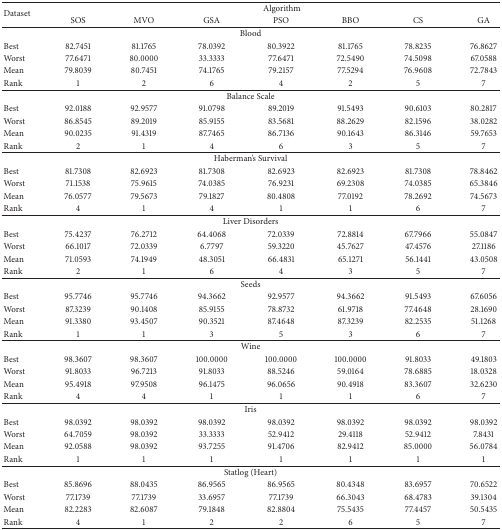
<table><thead><tr><td rowspan="2"><b>Dataset</b></td><td colspan="7"><b>Algorithm</b></td></tr><tr><td><b>SOS</b></td><td><b>MVO</b></td><td><b>GSA</b></td><td><b>PSO</b></td><td><b>BBO</b></td><td><b>CS</b></td><td><b>GA</b></td></tr></thead><tbody><tr><td colspan="8">Blood</td></tr><tr><td>Best</td><td>82.7451</td><td>81.1765</td><td>78.0392</td><td>80.3922</td><td>81.1765</td><td>78.8235</td><td>76.8627</td></tr><tr><td>Worst</td><td>77.6471</td><td>80.0000</td><td>33.3333</td><td>77.6471</td><td>72.5490</td><td>74.5098</td><td>67.0588</td></tr><tr><td>Mean</td><td>79.8039</td><td>80.7451</td><td>74.1765</td><td>79.2157</td><td>77.5294</td><td>76.9608</td><td>72.7843</td></tr><tr><td>Rank</td><td>1</td><td>2</td><td>6</td><td>4</td><td>2</td><td>5</td><td>7</td></tr><tr><td colspan="8">Balance Scale</td></tr><tr><td>Best</td><td>92.0188</td><td>92.9577</td><td>91.0798</td><td>89.2019</td><td>91.5493</td><td>90.6103</td><td>80.2817</td></tr><tr><td>Worst</td><td>86.8545</td><td>89.2019</td><td>85.9155</td><td>83.5681</td><td>88.2629</td><td>82.1596</td><td>38.0282</td></tr><tr><td>Mean</td><td>90.0235</td><td>91.4319</td><td>87.7465</td><td>86.7136</td><td>90.1643</td><td>86.3146</td><td>59.7653</td></tr><tr><td>Rank</td><td>2</td><td>1</td><td>4</td><td>6</td><td>3</td><td>5</td><td>7</td></tr><tr><td colspan="8">Haberman&#x27;s Survival</td></tr><tr><td>Best</td><td>81.7308</td><td>82.6923</td><td>81.7308</td><td>82.6923</td><td>82.6923</td><td>81.7308</td><td>78.8462</td></tr><tr><td>Worst</td><td>71.1538</td><td>75.9615</td><td>74.0385</td><td>76.9231</td><td>69.2308</td><td>74.0385</td><td>65.3846</td></tr><tr><td>Mean</td><td>76.0577</td><td>79.5673</td><td>79.1827</td><td>80.4808</td><td>77.0192</td><td>78.2692</td><td>74.5673</td></tr><tr><td>Rank</td><td>4</td><td>1</td><td>4</td><td>1</td><td>1</td><td>6</td><td>7</td></tr><tr><td colspan="8">Liver Disorders</td></tr><tr><td>Best</td><td>75.4237</td><td>76.2712</td><td>64.4068</td><td>72.0339</td><td>72.8814</td><td>67.7966</td><td>55.0847</td></tr><tr><td>Worst</td><td>66.1017</td><td>72.0339</td><td>6.7797</td><td>59.3220</td><td>45.7627</td><td>47.4576</td><td>27.1186</td></tr><tr><td>Mean</td><td>71.0593</td><td>74.1949</td><td>48.3051</td><td>66.4831</td><td>65.1271</td><td>56.1441</td><td>43.0508</td></tr><tr><td>Rank</td><td>2</td><td>1</td><td>6</td><td>4</td><td>3</td><td>5</td><td>7</td></tr><tr><td colspan="8">Seeds</td></tr><tr><td>Best</td><td>95.7746</td><td>95.7746</td><td>94.3662</td><td>92.9577</td><td>94.3662</td><td>91.5493</td><td>67.6056</td></tr><tr><td>Worst</td><td>87.3239</td><td>90.1408</td><td>85.9155</td><td>78.8732</td><td>61.9718</td><td>77.4648</td><td>28.1690</td></tr><tr><td>Mean</td><td>91.3380</td><td>93.4507</td><td>90.3521</td><td>87.4648</td><td>87.3239</td><td>82.2535</td><td>51.1268</td></tr><tr><td>Rank</td><td>1</td><td>1</td><td>3</td><td>5</td><td>3</td><td>6</td><td>7</td></tr><tr><td colspan="8">Wine</td></tr><tr><td>Best</td><td>98.3607</td><td>98.3607</td><td>100.0000</td><td>100.0000</td><td>100.0000</td><td>91.8033</td><td>49.1803</td></tr><tr><td>Worst</td><td>91.8033</td><td>96.7213</td><td>91.8033</td><td>88.5246</td><td>59.0164</td><td>78.6885</td><td>18.0328</td></tr><tr><td>Mean</td><td>95.4918</td><td>97.9508</td><td>96.1475</td><td>96.0656</td><td>90.4918</td><td>83.3607</td><td>32.6230</td></tr><tr><td>Rank</td><td>4</td><td>4</td><td>1</td><td>1</td><td>1</td><td>6</td><td>7</td></tr><tr><td colspan="8">Iris</td></tr><tr><td>Best</td><td>98.0392</td><td>98.0392</td><td>98.0392</td><td>98.0392</td><td>98.0392</td><td>98.0392</td><td>98.0392</td></tr><tr><td>Worst</td><td>64.7059</td><td>98.0392</td><td>33.3333</td><td>52.9412</td><td>29.4118</td><td>52.9412</td><td>7.8431</td></tr><tr><td>Mean</td><td>92.0588</td><td>98.0392</td><td>93.7255</td><td>91.4706</td><td>82.9412</td><td>85.0000</td><td>56.0784</td></tr><tr><td>Rank</td><td>1</td><td>1</td><td>1</td><td>1</td><td>1</td><td>1</td><td>1</td></tr><tr><td colspan="8">Statlog (Heart)</td></tr><tr><td>Best</td><td>85.8696</td><td>88.0435</td><td>86.9565</td><td>86.9565</td><td>80.4348</td><td>83.6957</td><td>70.6522</td></tr><tr><td>Worst</td><td>77.1739</td><td>77.1739</td><td>33.6957</td><td>77.1739</td><td>66.3043</td><td>68.4783</td><td>39.1304</td></tr><tr><td>Mean</td><td>82.2283</td><td>82.6087</td><td>79.1848</td><td>82.8804</td><td>75.5435</td><td>77.4457</td><td>50.5435</td></tr><tr><td>Rank</td><td>4</td><td>1</td><td>2</td><td>2</td><td>6</td><td>5</td><td>7</td></tr></tbody></table>